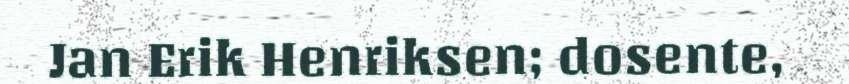
Jan Erik Henriksen; dosente,